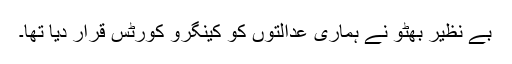
بے نظیر بھٹو نے ہماری عدالتوں کو کینگرو کورٹس قرار دیا تھا۔